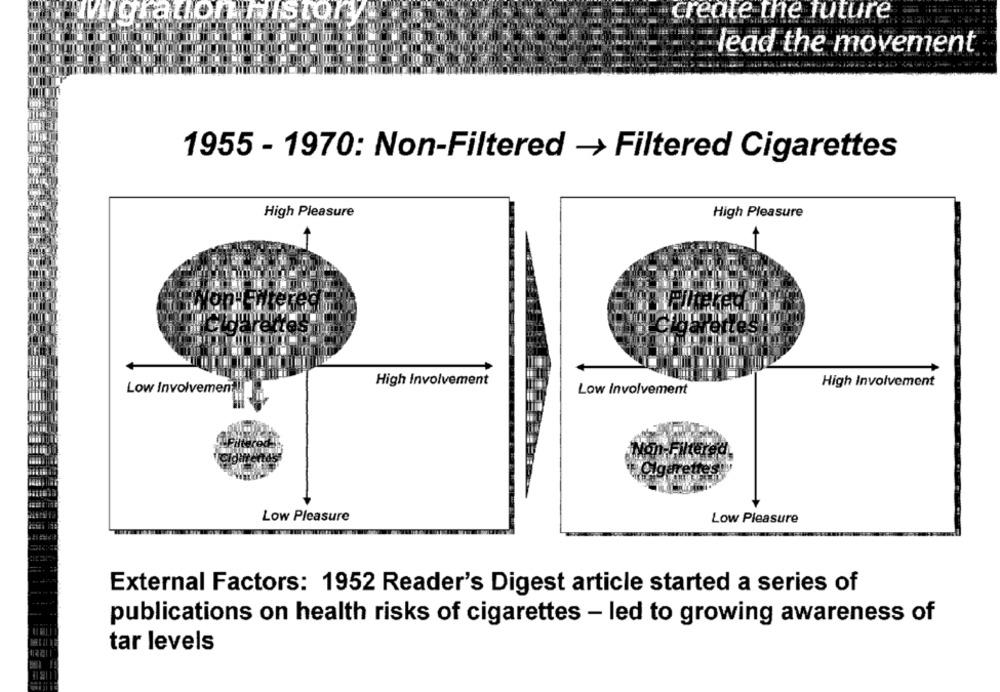
Migration mistor
create the future
lead the movement
1955 - 1970: Non-Filtered -> Filtered Cigarettes
High Pleasure
High Pleasure
'Filter
High Involvement
High Involvement
Low Involvement
Low Involvement
Low Pleasure
Low Pleasure
External Factors: 1952 Reader's Digest article started a series of
publications on health risks of cigarettes - led to growing awareness of
tar levels